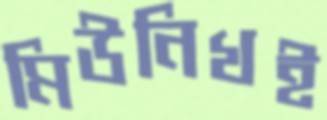
মিউনিখই